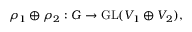
\rho _ { 1 } \oplus \rho _ { 2 } : G \to { \mathrm { G L } } ( V _ { 1 } \oplus V _ { 2 } ) ,